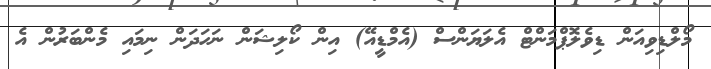
މޯލްޑިވިއަން ޑިވެލޮޕްމަންޓް އެލަޔަންސް (އެމްޑީއޭ) އިން ކޯލިޝަން ނަހަދަން ނިމައި މެންބަރުން އެ